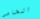
الحامي